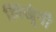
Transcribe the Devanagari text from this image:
लिखूंगी